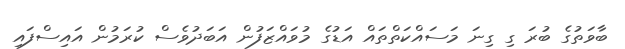
ބާވަތުގެ ބުރަ ގި ގިނަ މަސައްކަތްތައް އަޑުގެ މުވައްޒަފުން އަބަދުވެސް ކުރަމުން އައިސްފައި